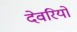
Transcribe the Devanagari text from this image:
देवरियों